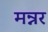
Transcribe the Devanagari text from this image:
मन्नर